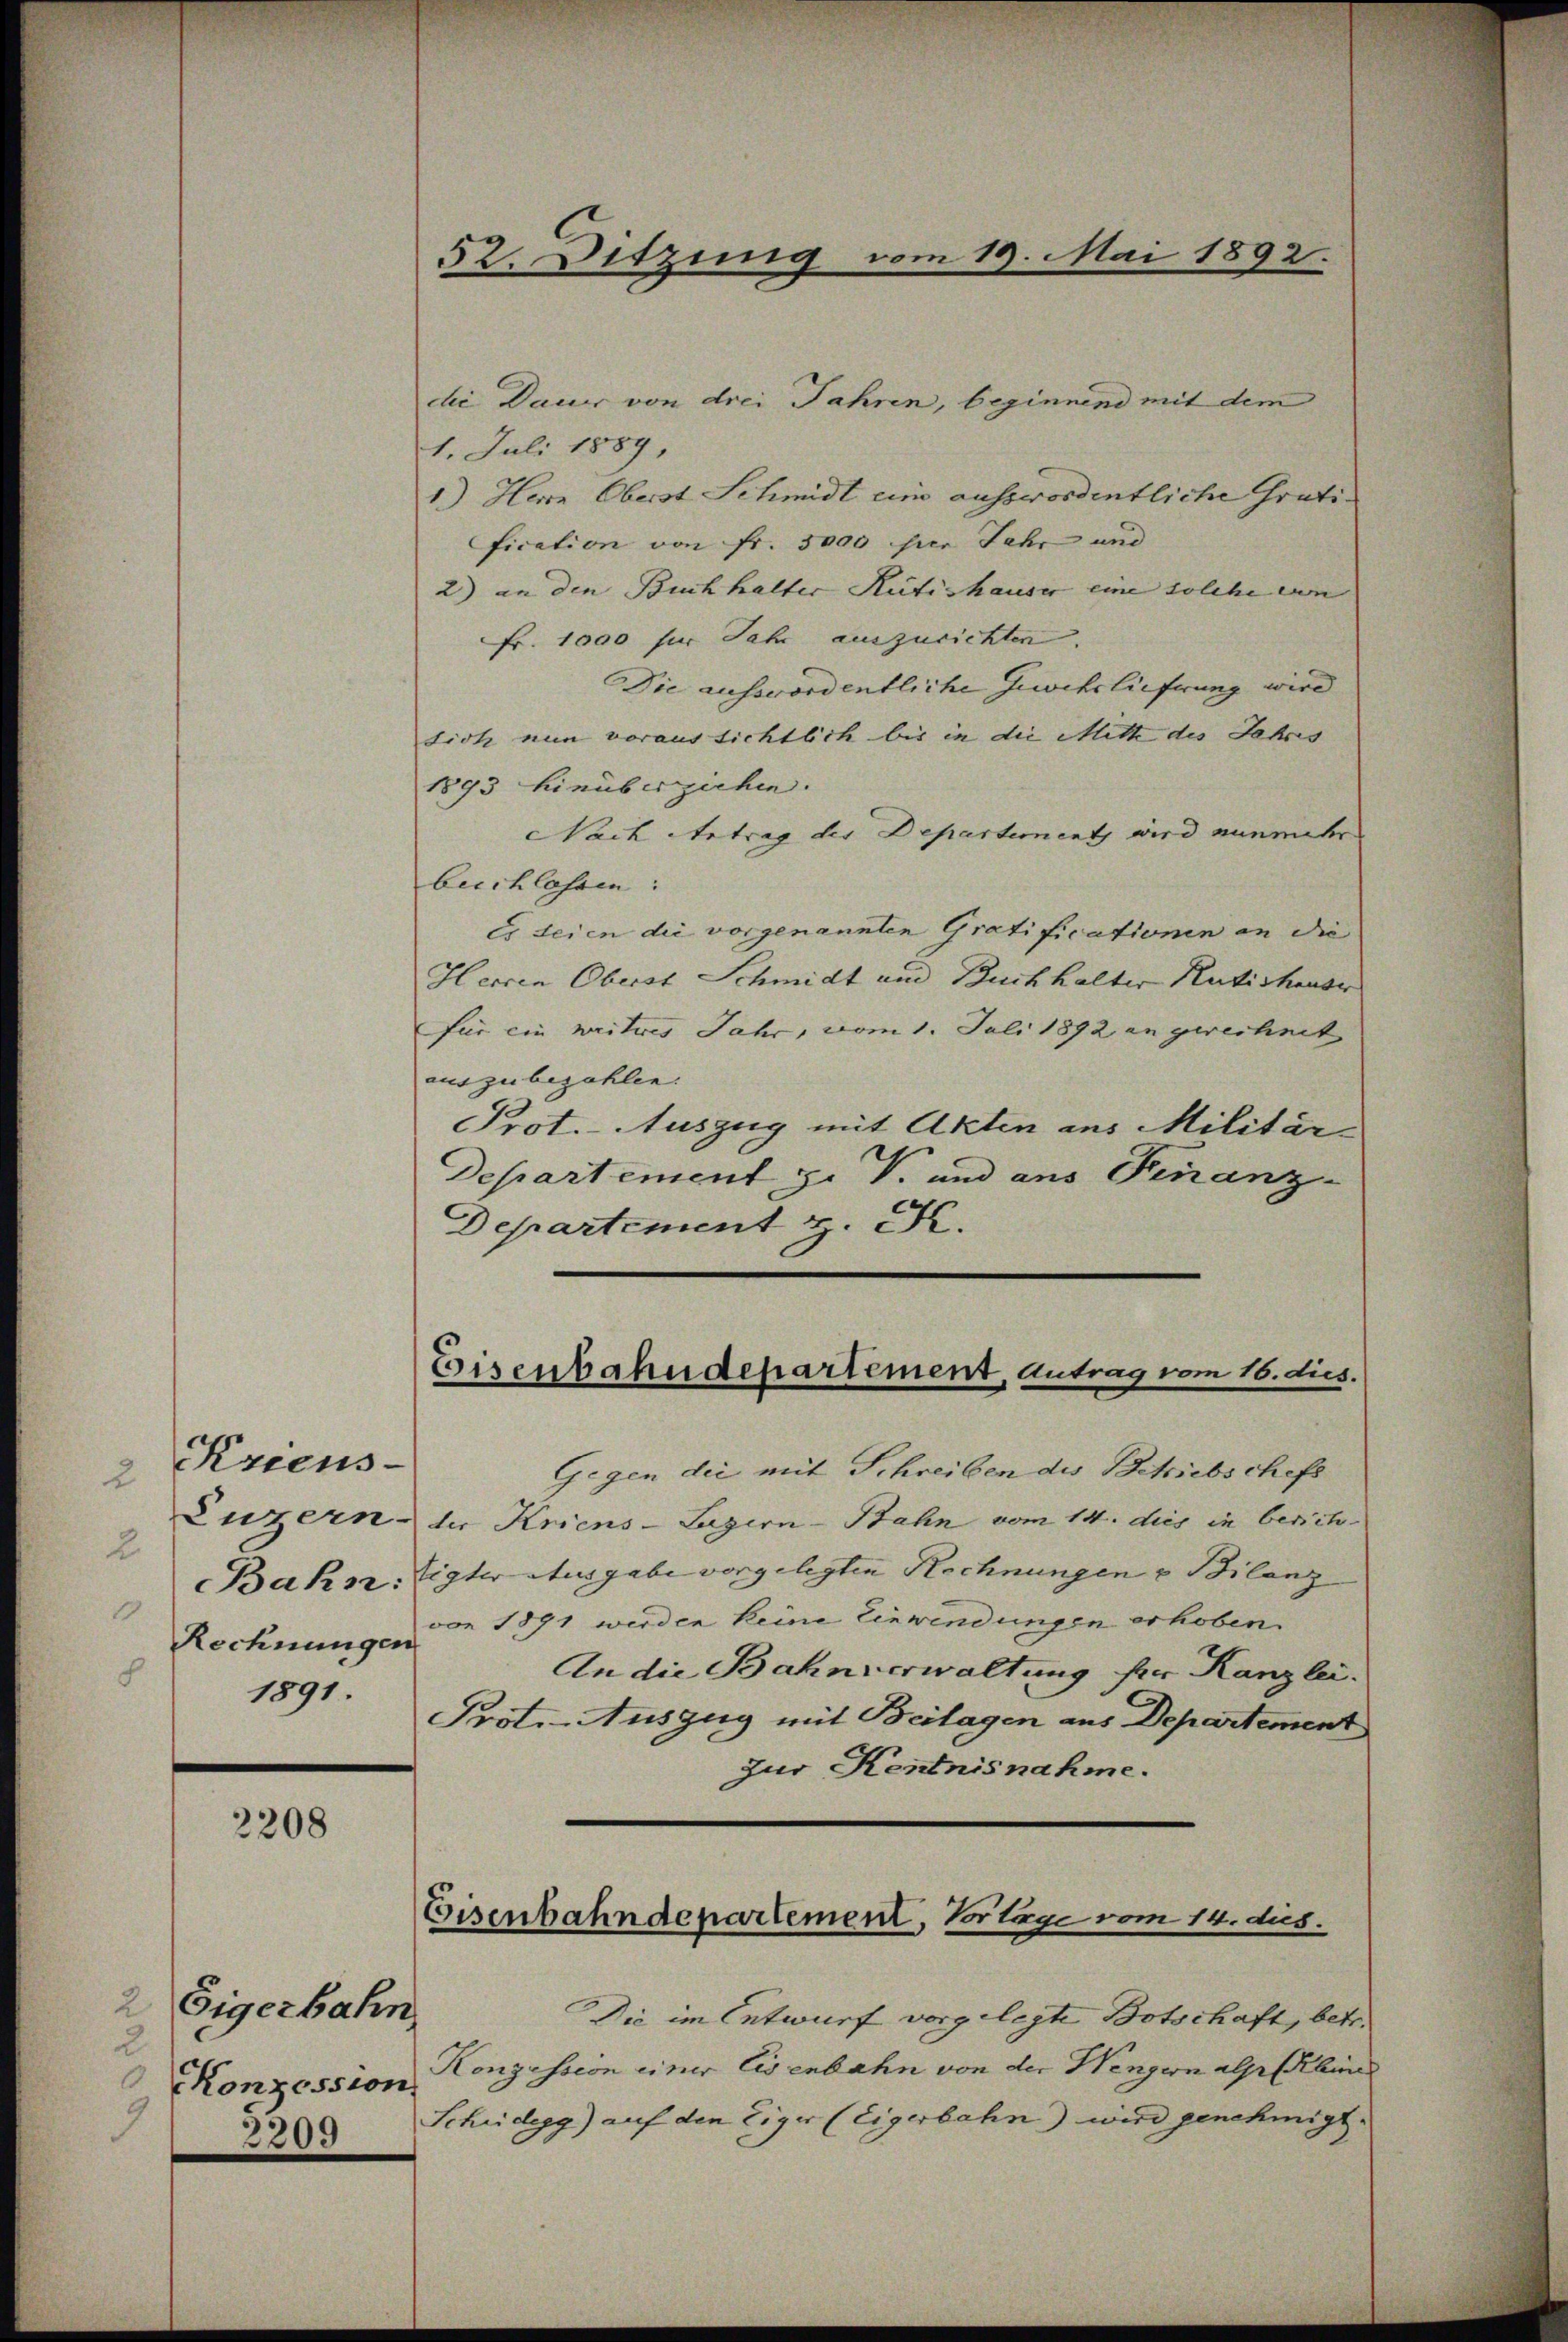
Kriens-
Luzern
2.
Bahn:
Rechnungen

1891.

2208

2 Eigerbahn
2
Konzession
5.
9
2209

52. Ditzung vom 19. Mai 1892.

Eisenbahndepartement, Antrag vom 16. dies.

die Dauer von drei Jahren, beginnend mit dem
1. Juli 1889,
1.) Herr Oberst Schmidt eine ausserordentliche Gratification von Fr. 5000 per Jahr und
2) an den Buchhalter Rütishauser eine solche von |
Fr. 1000 für Jahr auszurichten
Die ausserordentliche Gewebelieferung wird
sich nun voraus sichtlich bis in die Mitte des Jahres |
1893 hinüberziehen.
Nach Antrag der Departement wird nunmehr
beichlassen:
Es seien die vorgenannten Gratificationen an die
Herren Oberst Schmidt und Buchhalter Katishausr
für ein weitres Jahr, vom 1. Juli 1892 an gerechnet
auszubezahlen.
Prot. Auszug mit Akten aus Militär¬
Departement z. V. und aus Finanz-
Departement z. K.
Gegen dei mit Schreiben des Betriebschefs
der Kriens-Lagern-Bahn vom 14. dies in berich
Eigter Ausgabe vorgelegten Rechnungen u. Bilanz
von 1891 werden keine Einwendungen erhoben.
An die Bahnverwaltung für Kanzlei.
Prot.-Auszug mit Beilagen aus Departement
zur Kentnisnahme.

Eisenbahndepartement, Vorlage vom 14. dus.

Die im Entwurf vorgelegte Botschaft, betr.
Konzession einer Eisenbahn von der Wengern alp (Klinne
Scheidegg) auf den Eiger (Eigerbahn) wird genehmigt.